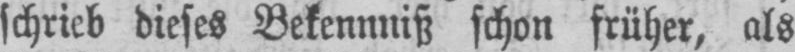
schrieb dieses Bekennniß schon früher, als